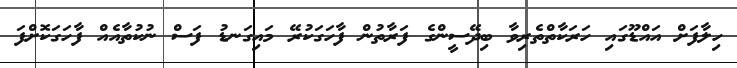
ހިލާފަށް އައްޑޫގައި ހަރަކާތްތެރިވާ ބިދޭސީންގެ ފަރާތުން ފާހަގަކުރޭ މައިގަނޑު ފަސް ނުކުތާއެއް ފާހަގަކޮށްފަ